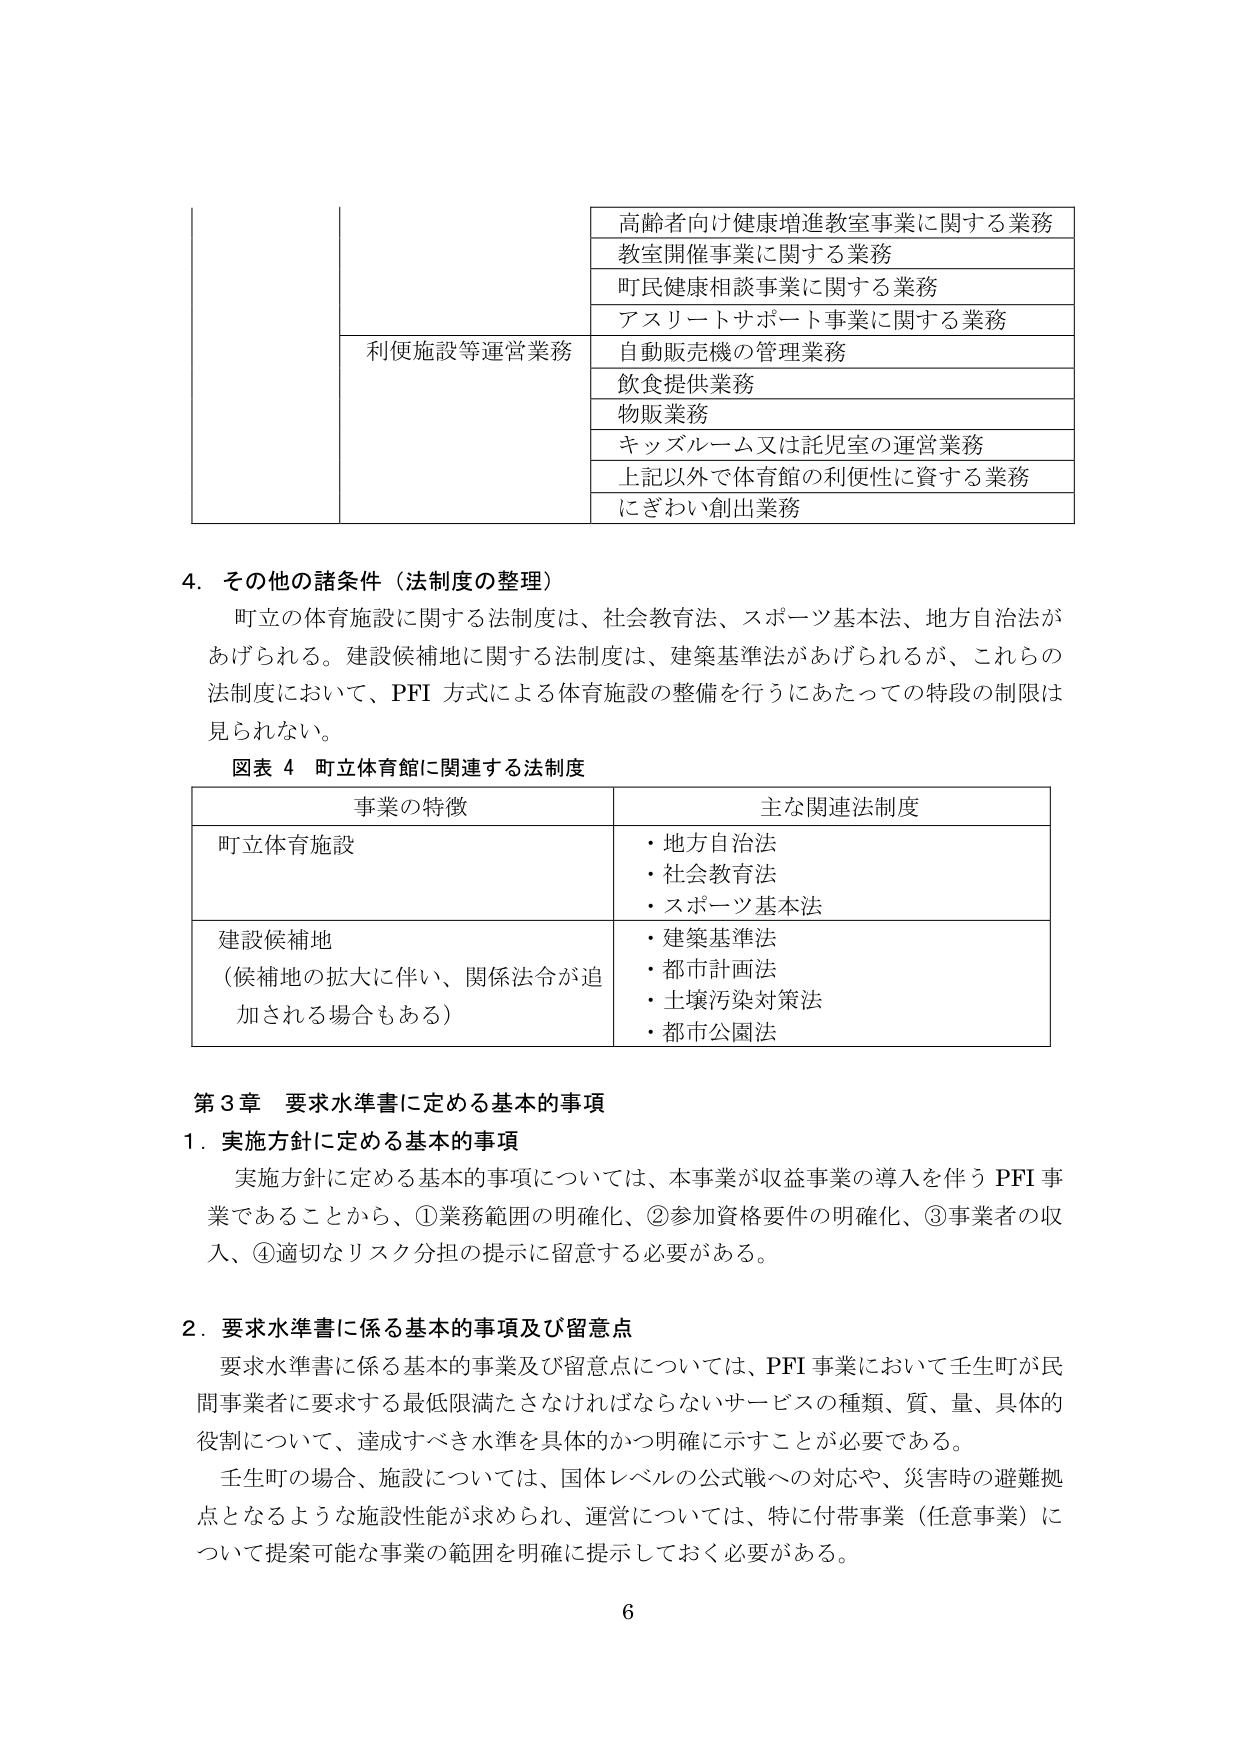
高齢者向け健康増進教室事業に関する業務
教室開催事業に関する業務
町民健康相談事業に関する業務
アスリートサポート事業に関する業務
利便施設等運営業務
自動販売機の管理業務
飲食提供業務
物販業務
キッズルーム又は託児室の運営業務
上記以外で体育館の利便性に資する業務
にぎわい創出業務

4. その他の諸条件（法制度の整理）
町立の体育施設に関する法制度は、社会教育法、スポーツ基本法、地方自治法が
あげられる。建設候補地に関する法制度は、建築基準法があげられるが、これらの
法制度において、PFI方式による体育施設の整備を行うにあたっての特段の制限は
見られない。

図表4 町立体育館に関連する法制度

| 事業の特徴 | 主な関連法制度 |
|------------|----------------|
| 町立体育施設 | ・地方自治法<br>・社会教育法<br>・スポーツ基本法 |
| 建設候補地<br>（候補地の拡大に伴い、関係法令が追加される場合もある） | ・建築基準法<br>・都市計画法<br>・土壌汚染対策法<br>・都市公園法 |

第3章 要求水準書に定める基本的事項
1. 実施方針に定める基本的事項
実施方針に定める基本的事項については、本事業が収益事業の導入を伴うPFI事業であることから、①業務範囲の明確化、②参加資格要件の明確化、③事業者の収入、④適切なリスク分担の提示に留意する必要がある。

2. 要求水準書に係る基本的事項及び留意点
要求水準書に係る基本的事業及び留意点については、PFI事業において壬生町が民間事業者に要求する最低限満たさなければならないサービスの種類、質、量、具体的役割について、達成すべき水準を具体的かつ明確に示すことが必要である。
壬生町の場合、施設については、国体レベルの公式戦への対応や、災害時の避難拠点となるような施設性能が求められ、運営については、特に付帯事業（任意事業）について提案可能な事業の範囲を明確に提示しておく必要がある。

6